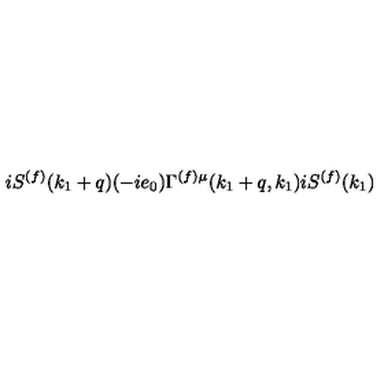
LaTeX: i S ^ { ( f ) } ( k _ { 1 } + q ) ( - i e _ { 0 } ) \Gamma ^ { ( f ) \mu } ( k _ { 1 } + q , k _ { 1 } ) i S ^ { ( f ) } ( k _ { 1 } )